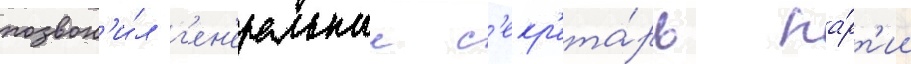
позвон'и́л г'ен'еральныи с'екр'ета́рь па́рт'ии